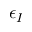
\epsilon _ { I }